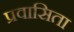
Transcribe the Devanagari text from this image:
प्रवासिता